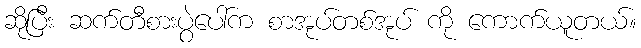
ဆိုပြီး ဆက်တီစားပွဲပေါ်က စာအုပ်တစ်အုပ် ကို ကောက်ယူတယ်။